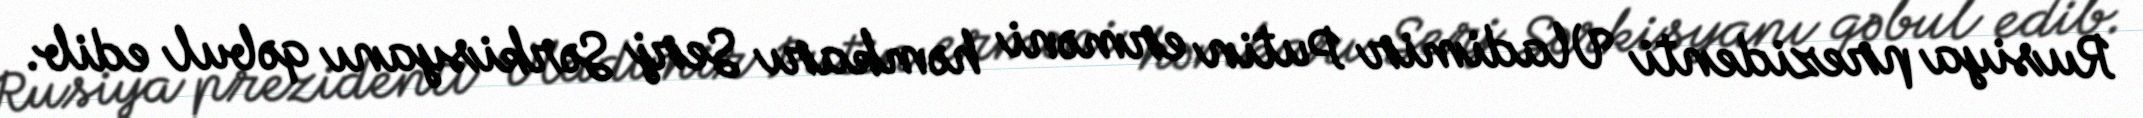
Rusiya prezidenti Vladimir Putin erməni həmkarı Serj Sərkisyanı qəbul edib.